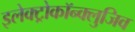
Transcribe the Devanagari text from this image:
इलेक्ट्रोकॉन्क्लुजिव